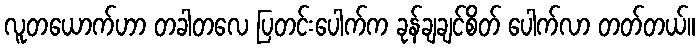
လူတယောက်ဟာ တခါတလေ ပြတင်းပေါက်က ခုန်ချချင်စိတ် ပေါက်လာ တတ်တယ်။